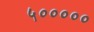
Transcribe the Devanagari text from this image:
५०००००